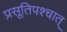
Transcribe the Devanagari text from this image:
प्रसूतिपश्चात्